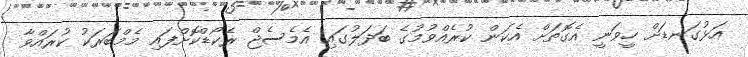
އަޅުގަނޑަށް ހީވަނީ އެގޮތަށް އެކަން ކުރެއްވުމުގެ ބަދަލުގައި އެމެސެޖް ރެކޯޑްކޮށްފައި މެމްބަރަކު ކުރައްވާ